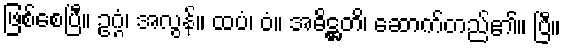
ဖြစ်စေပြီ။ ဥဂ္ဂံ၊ အလွန်။ ထပံ၊ ဝံ။ အဓိဋ္ဌတိ၊ ဆောက်တည်၏။ ပြီ။